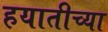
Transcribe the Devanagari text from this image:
हयातीच्या